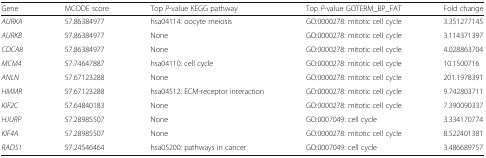
| Gene | MCODE score | Top P-value KEGG pathway | Top P-value GOTERM_BP_FAT | Fold change |
 | --- | --- | --- | --- | --- |
 | AURKA | 57.86384977 | hsa04114: oocyte meiosis | GO:0000278: mitotic cell cycle | 3.351277145 |
 | AURKB | 57.86384977 | None | GO:0000278: mitotic cell cycle | 3.114371397 |
 | CDCA8 | 57.86384977 | None | GO:0000278: mitotic cell cycle | 4.028863704 |
 | MCM4 | 57.74647887 | hsa04110: cell cycle | GO:0000278: mitotic cell cycle | 10.1500716 |
 | ANLN | 57.67123288 | None | GO:0000278: mitotic cell cycle | 201.1978391 |
 | HMMR | 57.67123288 | hsa04512: ECM-receptor interaction | GO:0000278: mitotic cell cycle | 9.742803711 |
 | KIF2C | 57.64840183 | None | GO:0000278: mitotic cell cycle | 7.390090337 |
 | HJURP | 57.28985507 | None | GO:0007049: cell cycle | 3.334170774 |
 | KIF4A | 57.28985507 | None | GO:0000278: mitotic cell cycle | 8.522401381 |
 | RAD51 | 57.24546464 | hsa05200: pathways in cancer | GO:0007049: cell cycle | 3.486689757 |